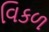
વિકળ